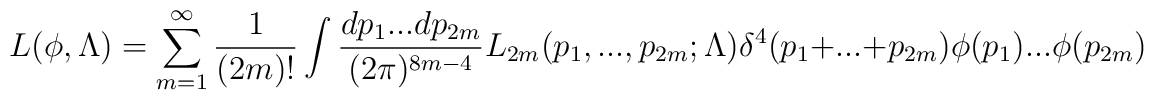
L(\phi,\Lambda)=\sum_{m=1}^{\infty}{1\over(2m)!}\int {dp_1 ... dp_{2m}\over(2\pi)^{8m-4}}L_{2m}(p_1,...,p_{2m};\Lambda)\delta^4(p_1+ ... +p_{2m})\phi(p_1) ... \phi(p_{2m})